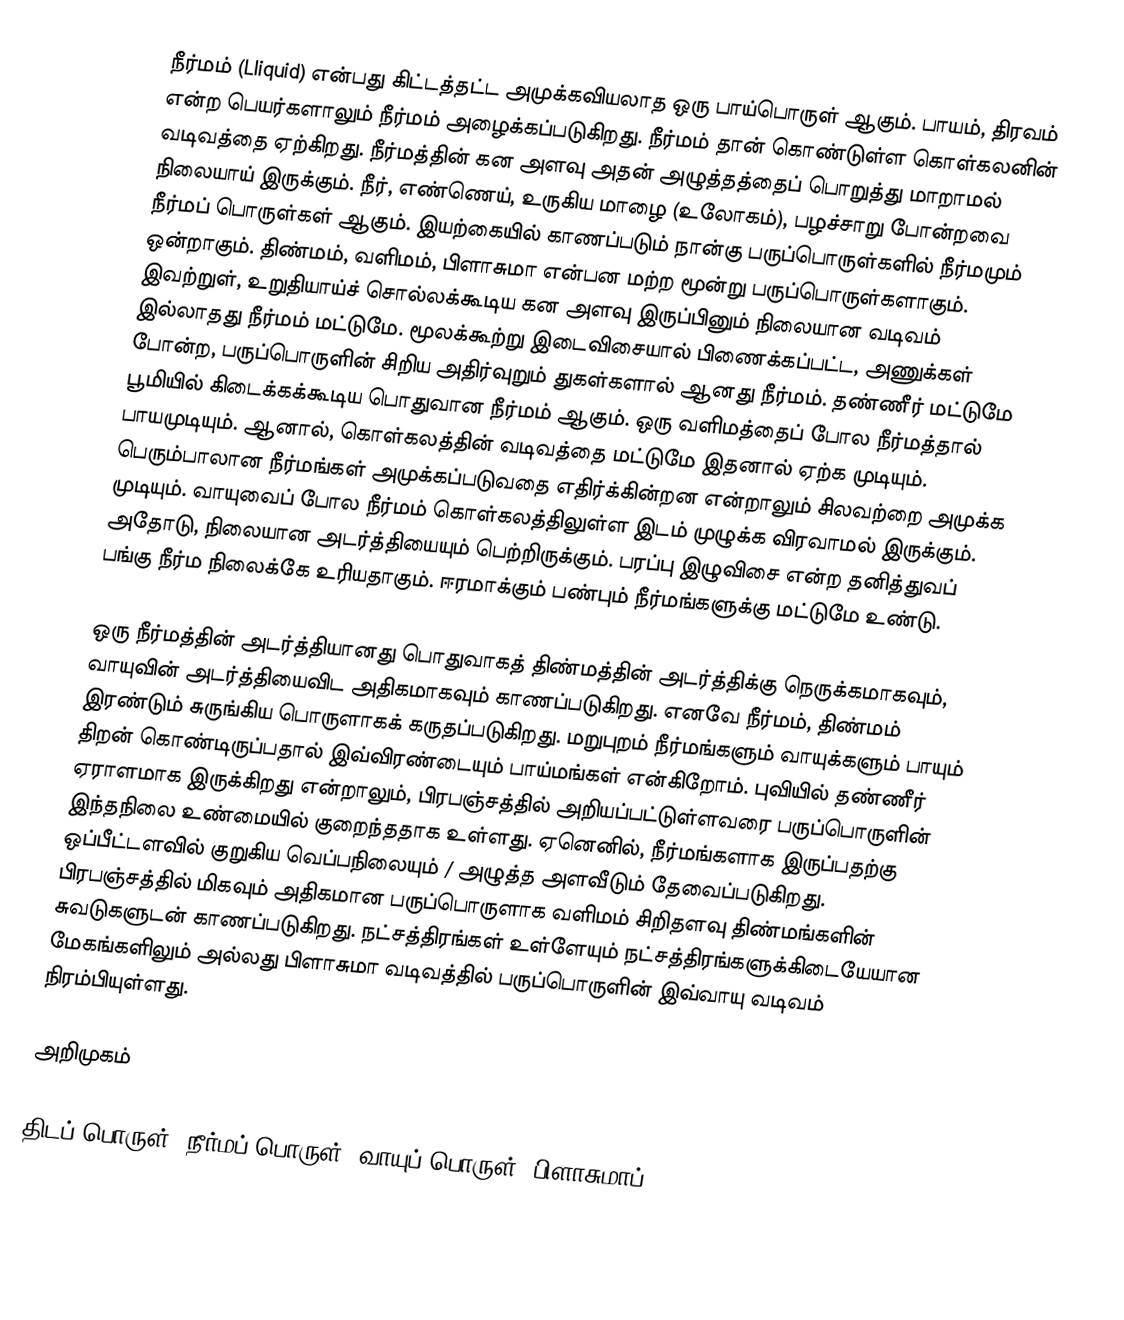
நீர்மம் (Lliquid) என்பது கிட்டத்தட்ட அமுக்கவியலாத ஒரு பாய்பொருள் ஆகும். பாயம், திரவம் என்ற பெயர்களாலும் நீர்மம் அழைக்கப்படுகிறது. நீர்மம் தான் கொண்டுள்ள கொள்கலனின் வடிவத்தை ஏற்கிறது. நீர்மத்தின் கன அளவு அதன் அழுத்தத்தைப் பொறுத்து மாறாமல் நிலையாய் இருக்கும். நீர், எண்ணெய், உருகிய மாழை (உலோகம்), பழச்சாறு போன்றவை நீர்மப் பொருள்கள் ஆகும். இயற்கையில் காணப்படும் நான்கு பருப்பொருள்களில் நீர்மமும் ஒன்றாகும். திண்மம், வளிமம், பிளாசுமா என்பன மற்ற மூன்று பருப்பொருள்களாகும். இவற்றுள், உறுதியாய்ச் சொல்லக்கூடிய கன அளவு இருப்பினும் நிலையான வடிவம் இல்லாதது நீர்மம் மட்டுமே. மூலக்கூற்று இடைவிசையால் பிணைக்கப்பட்ட, அணுக்கள் போன்ற, பருப்பொருளின் சிறிய அதிர்வுறும் துகள்களால் ஆனது நீர்மம். தண்ணீர் மட்டுமே பூமியில் கிடைக்கக்கூடிய பொதுவான நீர்மம் ஆகும். ஒரு வளிமத்தைப் போல நீர்மத்தால் பாயமுடியும். ஆனால், கொள்கலத்தின் வடிவத்தை மட்டுமே இதனால் ஏற்க முடியும். பெரும்பாலான நீர்மங்கள் அமுக்கப்படுவதை எதிர்க்கின்றன என்றாலும் சிலவற்றை அமுக்க முடியும். வாயுவைப் போல நீர்மம் கொள்கலத்திலுள்ள இடம் முழுக்க விரவாமல் இருக்கும். அதோடு, நிலையான அடர்த்தியையும் பெற்றிருக்கும். பரப்பு இழுவிசை என்ற தனித்துவப் பங்கு நீர்ம நிலைக்கே உரியதாகும். ஈரமாக்கும் பண்பும் நீர்மங்களுக்கு மட்டுமே உண்டு.

ஒரு நீர்மத்தின் அடர்த்தியானது பொதுவாகத் திண்மத்தின் அடர்த்திக்கு நெருக்கமாகவும், வாயுவின் அடர்த்தியைவிட அதிகமாகவும் காணப்படுகிறது. எனவே நீர்மம், திண்மம் இரண்டும் சுருங்கிய பொருளாகக் கருதப்படுகிறது. மறுபுறம் நீர்மங்களும் வாயுக்களும் பாயும் திறன் கொண்டிருப்பதால் இவ்விரண்டையும் பாய்மங்கள் என்கிறோம். புவியில் தண்ணீர் ஏராளமாக இருக்கிறது என்றாலும், பிரபஞ்சத்தில்  அறியப்பட்டுள்ளவரை பருப்பொருளின் இந்தநிலை உண்மையில் குறைந்ததாக உள்ளது. ஏனெனில், நீர்மங்களாக இருப்பதற்கு ஒப்பீட்டளவில் குறுகிய வெப்பநிலையும்  / அழுத்த அளவீடும் தேவைப்படுகிறது. பிரபஞ்சத்தில் மிகவும் அதிகமான  பருப்பொருளாக வளிமம் சிறிதளவு திண்மங்களின் சுவடுகளுடன் காணப்படுகிறது.  நட்சத்திரங்கள் உள்ளேயும்  நட்சத்திரங்களுக்கிடையேயான மேகங்களிலும் அல்லது பிளாசுமா வடிவத்தில் பருப்பொருளின்  இவ்வாயு வடிவம் நிரம்பியுள்ளது.

அறிமுகம்

திடப் பொருள், நீர்மப் பொருள், வாயுப் பொருள், பிளாசுமாப்